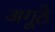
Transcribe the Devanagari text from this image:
अगूठे